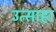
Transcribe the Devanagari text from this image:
उत्साहा